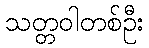
သတ္တဝါတစ်ဦး